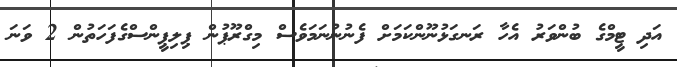
އަދި ޓީމްގެ ބުންވަރު އެހާ ރަނގަޅުނޫންކަމަށް ފެނުނުނަމަވެސް މިގްރޫޕުން ޕިލިޕީންސްގެފަހަތުން 2 ވަނަ